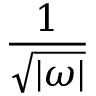
\frac { 1 } { \sqrt { | \omega | } }